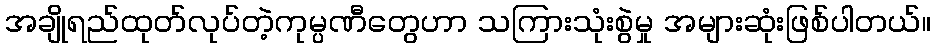
အချိုရည်ထုတ်လုပ်တဲ့ကုမ္ပဏီတွေဟာ သကြားသုံးစွဲမှု အများဆုံးဖြစ်ပါတယ်။